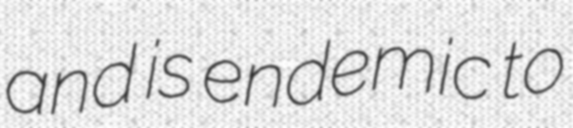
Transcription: and is endemic to